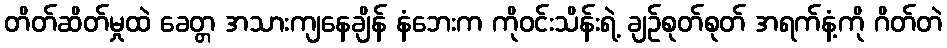
တိတ်ဆိတ်မှုထဲ ခေတ္တ အသားကျနေချိန် နံဘေးက ကိုဝင်းသိန်းရဲ့ ချဉ်စုတ်စုတ် အရက်နံ့ကို ဂိတ်တဲ